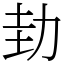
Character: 劸